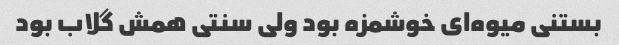
بستنی میوه‌ای خوشمزه بود ولی سنتی همش گلاب بود